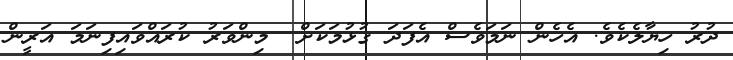
ދުރު ހިޔާލެކެވެ. އެހެން ނަމަވެސް އެފަދަ ގުޅުމަކަށް  މިންވަރު ކުރައްވައިފިނަމަ އަރީން